Notes on vaccination in the North-West Frontier Province 1923-1928 - 1923-1928
Year: 1923
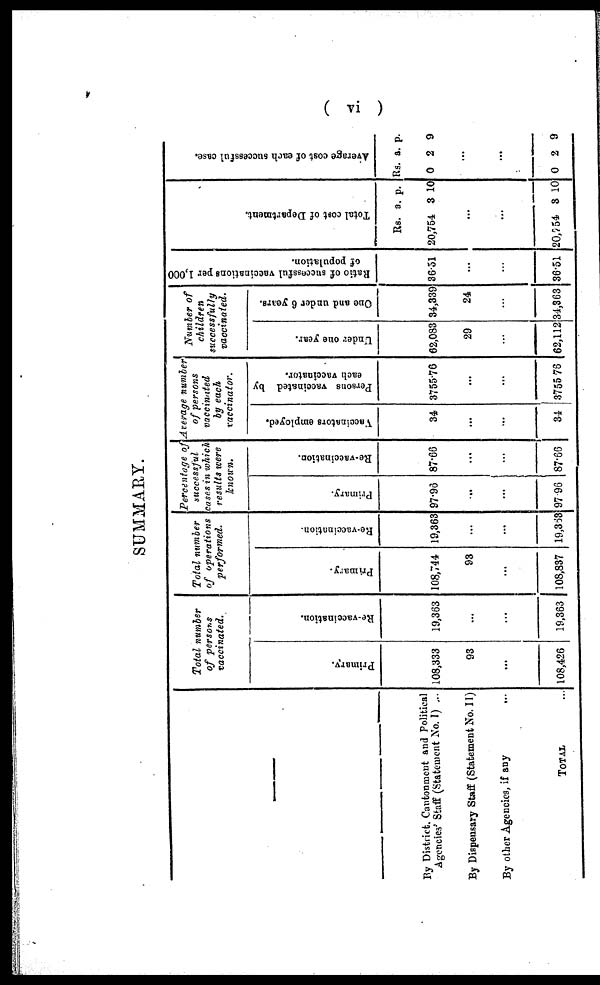
( vi )
SUMMARY.
—
By District Cantonment and Political
Agencies' Staff (Statement No. I) ...
By Dispensary Staff (Statement No. II)
By other Agencies, if any
...
TOTAL ...
Total number
of persons
vaccinated.
Primary.
108,333
93
...
108,426
Re-vaccination.
19,363
...
...
19,863
Total number
of operations
performed.
Primary.
108,744
93
...
108,837
Re-vaccination.
19,363
...
...
19,363
Percentage of
successful
cases in which
results were
known.
Primary.
97.96
...
...
97.96
Re-vaccination.
87.66
...
...
87.66
Average number
of persons
vaccinated
by each
vaccinator.
Vaccinators employed.
34
...
...
34
Persons vaccinated by
each vaccinator.
3755.76
...
...
3755.76
Number of
children
successfully
vaccinated.
Under one year.
62,083
29
...
62,112
One and under 6 years.
34,339
24
...
34,363
Ratio of successful vaccinations per 1,000
of population.
36.51
...
...
36.51
Total cost of Department.
Rs.
20,754
a.
3
p.
10
...
...
20,754 3 10
Average cost of each successful case.
Rs.
0
a.
2
p.
9
...
...
0 2 9